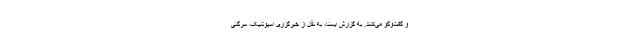
و گفت‌وگو می‌کنند. به گزارش ایسنا، به نقل از خبرگزاری اسپوتنیک، سرگئی